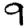
Digit: 9